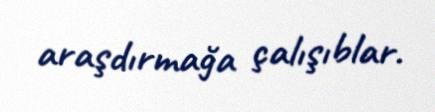
araşdırmağa çalışıblar.